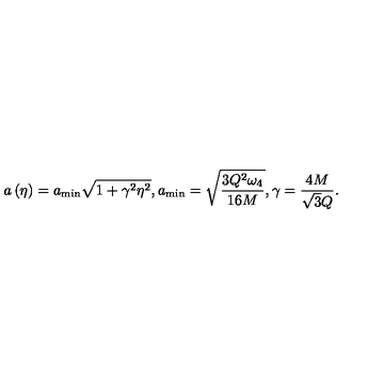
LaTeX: a \left( \eta \right) = a _ { \mathrm { m i n } } \sqrt { 1 + \gamma ^ { 2 } \eta ^ { 2 } } , a _ { \mathrm { m i n } } = \sqrt { \frac { 3 Q ^ { 2 } \omega _ { 4 } } { 1 6 M } } , \gamma = \frac { 4 M } { \sqrt { 3 } Q } .